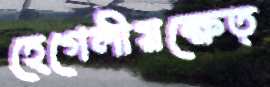
হেগেলীয়ক্ষেত্